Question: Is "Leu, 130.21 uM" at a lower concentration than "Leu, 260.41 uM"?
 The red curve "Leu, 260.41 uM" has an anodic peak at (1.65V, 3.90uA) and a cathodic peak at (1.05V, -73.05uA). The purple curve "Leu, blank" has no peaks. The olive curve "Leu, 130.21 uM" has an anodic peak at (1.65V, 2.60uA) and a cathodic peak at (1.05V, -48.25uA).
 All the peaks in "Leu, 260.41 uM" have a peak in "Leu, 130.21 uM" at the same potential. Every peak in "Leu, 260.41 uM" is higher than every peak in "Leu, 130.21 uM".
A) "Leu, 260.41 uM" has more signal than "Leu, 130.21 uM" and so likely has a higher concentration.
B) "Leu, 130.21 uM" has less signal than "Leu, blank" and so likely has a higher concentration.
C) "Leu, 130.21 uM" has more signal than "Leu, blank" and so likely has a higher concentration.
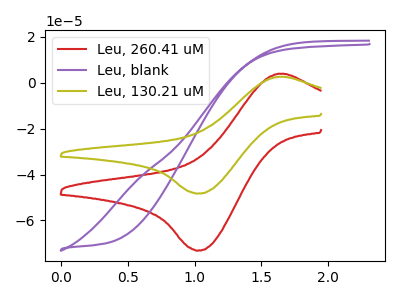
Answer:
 <answer>A) "Leu, 260.41 uM" has more signal than "Leu, 130.21 uM" and so likely has a higher concentration.</answer>
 <eval>A</eval>